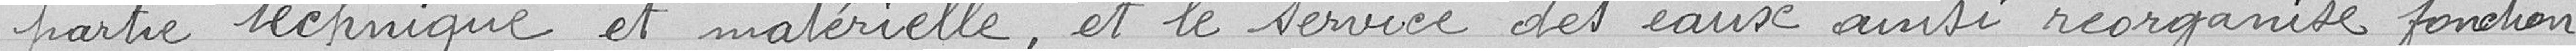
partie technique et matérielle et le service des eaux ainsi réorganisé fonction=